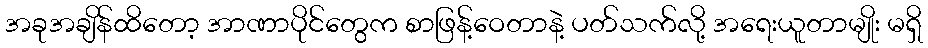
အခုအချိန်ထိတော့ အာဏာပိုင်တွေက စာဖြန့်ဝေတာနဲ့ ပတ်သက်လို့ အရေးယူတာမျိုး မရှိ